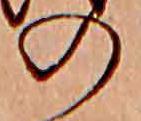
の